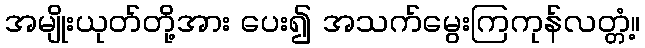
အမျိုးယုတ်တို့အား ပေး၍ အသက်မွေးကြကုန်လတ္တံ့။